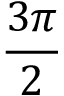
\frac { 3 \pi } { 2 }